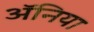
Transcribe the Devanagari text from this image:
ॲनिया